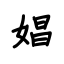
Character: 娼